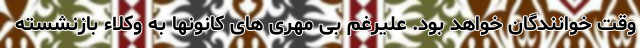
وقت خوانندگان خواهد بود. علیرغم بی مهری های کانونها به وکلاء بازنشسته